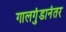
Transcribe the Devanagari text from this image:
गालगुंडानंतर